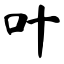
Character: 叶